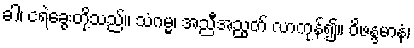
ခါ၊ ငရဲခွေးတို့သည်။ သံဂမ္မ၊ အညီအညွတ် လာကုန်၍။ ဝိဖန္ဒမာနံ၊